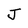
Character: J